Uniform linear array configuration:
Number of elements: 32
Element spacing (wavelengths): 0.5
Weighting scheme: uniform
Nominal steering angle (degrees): -45
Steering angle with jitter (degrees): -45.386
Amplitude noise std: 0.05
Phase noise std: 0.05

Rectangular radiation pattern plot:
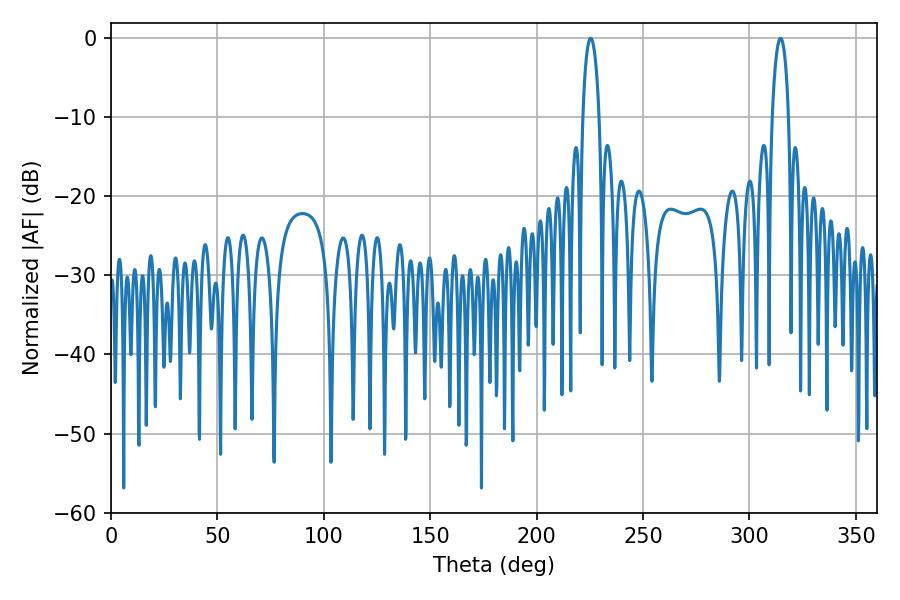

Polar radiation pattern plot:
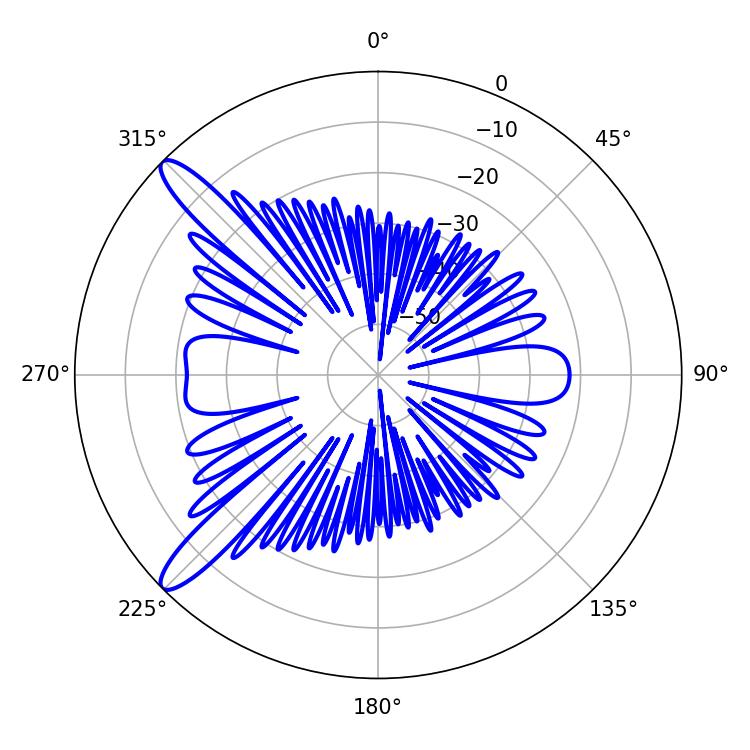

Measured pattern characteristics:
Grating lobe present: FALSE
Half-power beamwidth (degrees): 4.32
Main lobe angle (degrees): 225.36